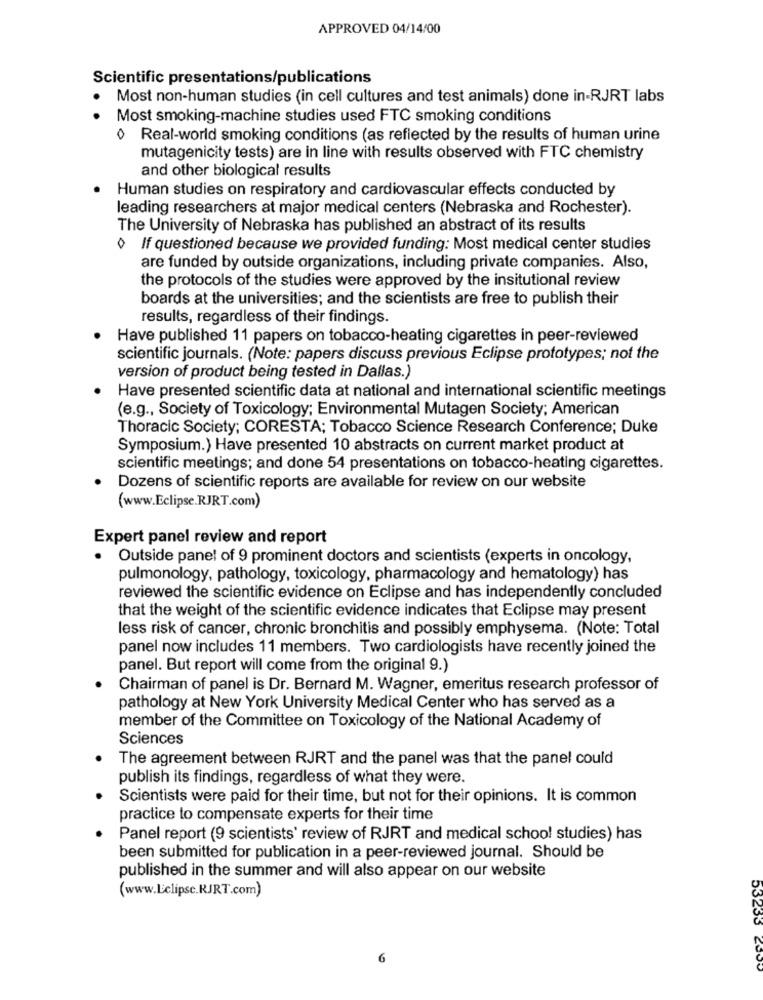
APPROVED 04/14/00
Scientific presentations/publications
Most non-human studies (in cell cultures and test animals) done in-RJRT labs
Most smoking-machine studies used FTC smoking conditions
Real-world smoking conditions (as reflected by the results of human urine
mutagenicity tests) are in line with results observed with FTC chemistry
and other biological results
Human studies on respiratory and cardiovascular effects conducted by
leading researchers at major medical centers (Nebraska and Rochester).
The University of Nebraska has published an abstract of its results
If questioned because we provided funding: Most medical center studies
are funded by outside organizations, including private companies. Also,
the protocols of the studies were approved by the insitutional review
boards at the universities; and the scientists are free to publish their
results, regardless of their findings.
Have published 11 papers on tobacco-heating cigarettes in peer-reviewed
scientific journals. (Note: papers discuss previous Eclipse prototypes; not the
version of product being tested in Dallas.)
Have presented scientific data at national and international scientific meetings
(e.g ., Society of Toxicology; Environmental Mutagen Society; American
Thoracic Society; CORESTA; Tobacco Science Research Conference; Duke
Symposium.) Have presented 10 abstracts on current market product at
scientific meetings; and done 54 presentations on tobacco-heating cigarettes.
Dozens of scientific reports are available for review on our website
(www.Eclipse.RJRT.com)
Expert panel review and report
.
Outside panel of 9 prominent doctors and scientists (experts in oncology,
pulmonology, pathology, toxicology, pharmacology and hematology) has
reviewed the scientific evidence on Eclipse and has independently concluded
that the weight of the scientific evidence indicates that Eclipse may present
less risk of cancer, chronic bronchitis and possibly emphysema. (Note: Total
panel now includes 11 members. Two cardiologists have recently joined the
panel. But report will come from the original 9.)
Chairman of panel is Dr. Bernard M. Wagner, emeritus research professor of
pathology at New York University Medical Center who has served as a
member of the Committee on Toxicology of the National Academy of
Sciences
The agreement between RJRT and the panel was that the panel could
publish its findings, regardless of what they were.
Scientists were paid for their time, but not for their opinions. It is common
practice to compensate experts for their time
Panel report (9 scientists' review of RJRT and medical school studies) has
been submitted for publication in a peer-reviewed journal. Should be
published in the summer and will also appear on our website
(www.Eclipse.KJRT.com)
6
53233 200